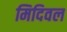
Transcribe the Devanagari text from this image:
मिदिवल